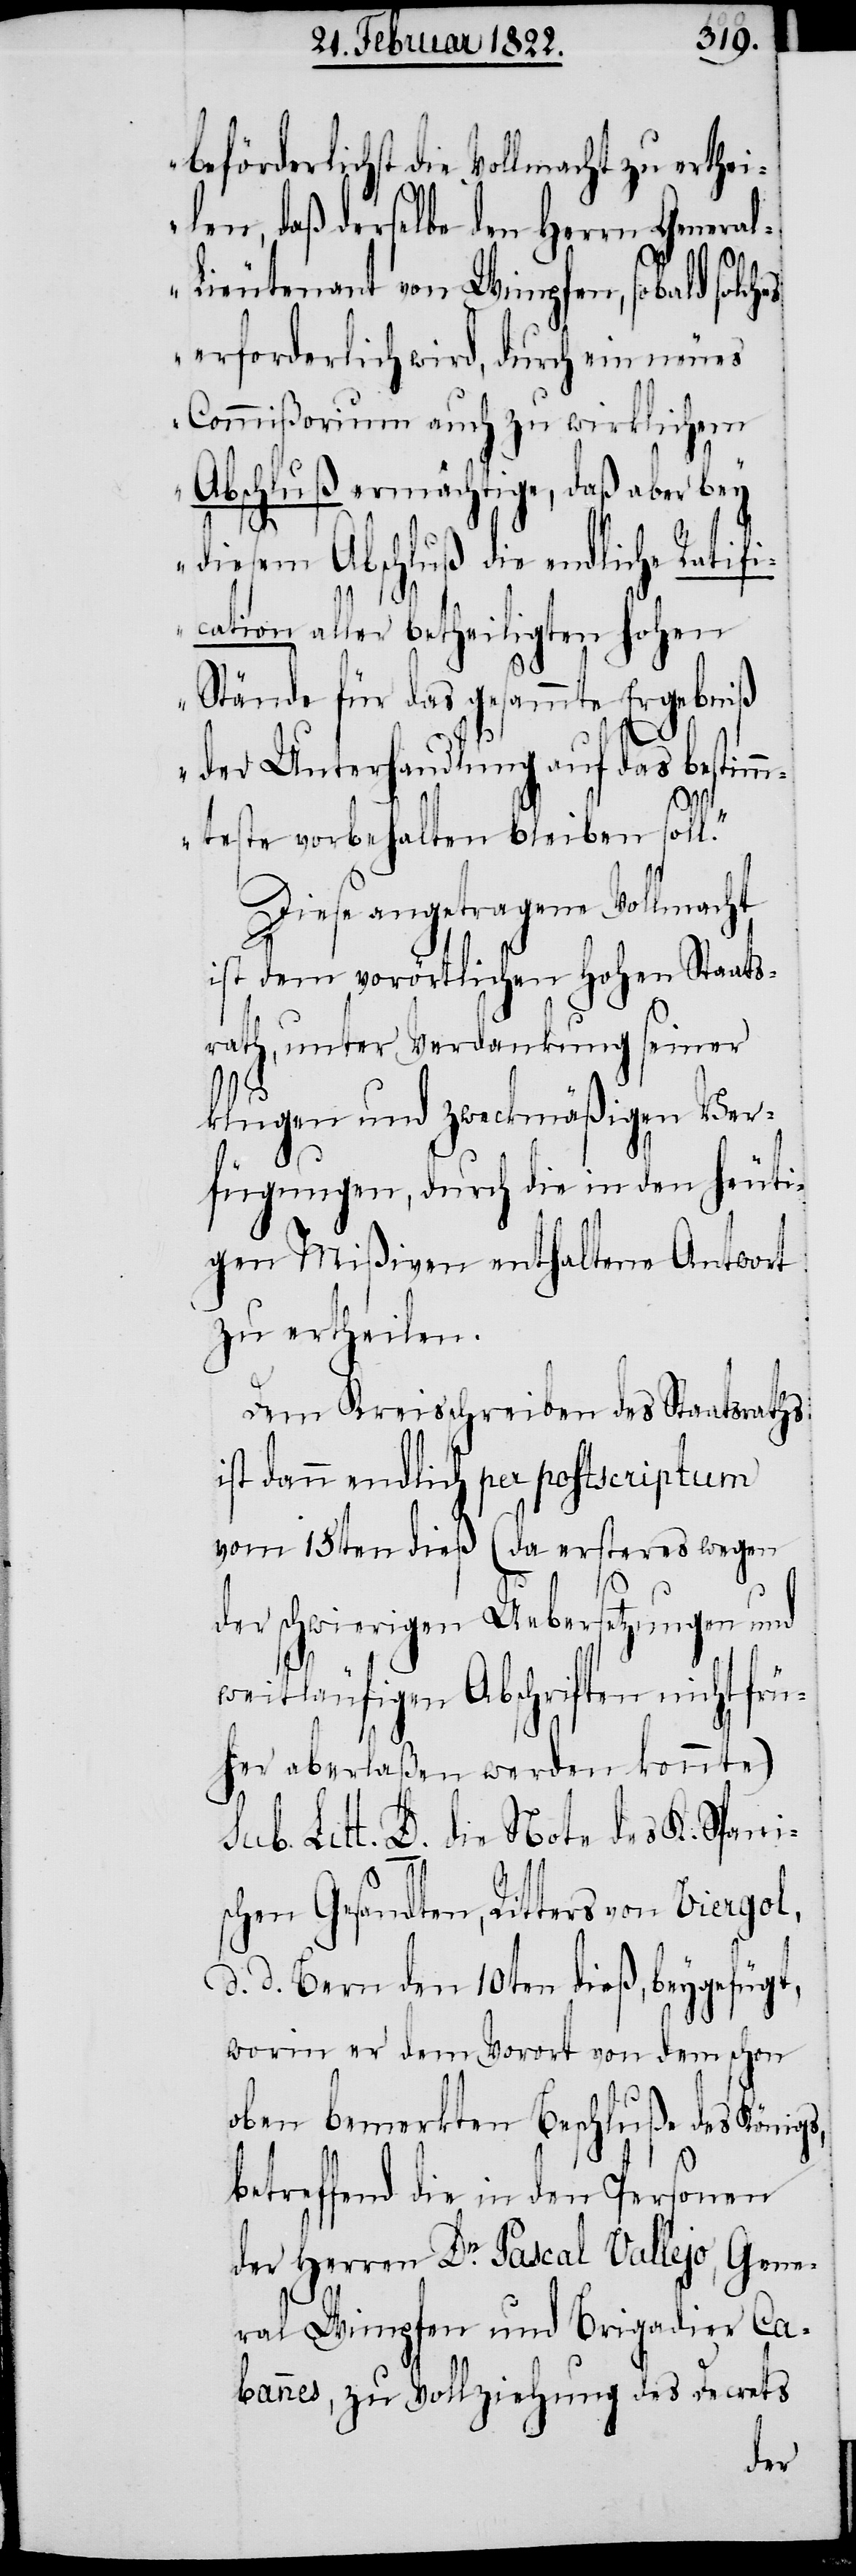
beförderlichst die Vollmacht zu erthei¬
len, daß derselbe den Herrn Genera¬
l-Lieutenant von Wimpfen, sobald solches
erforderlich wird, durch ein neues
Commißorium auch zu wirklichem
Abschluß ermächtige, daß aber bey
diesem Abschluß die endliche Ratifi¬
cation aller betheiligten hohen
Stände für das gesammte Ergebniß
der Unterhandlung auf das bestimm¬
teste vorbehalten bleiben soll.“
Diese angetragene Vollmacht
ist dem vorörtlichen hohen Staats¬
rath, unter Verdankung seiner
klugen und zweckmäßigen Ver¬
fügungen, durch die in den heuti¬
gen Mißiven enthaltene Antwort
zu ertheilen.
Dem Kreisschreiben des Staatsrathes
ist dann endlich per postscriptum
vom 15ten dieß (da ersteres wegen
der schwierigen Uebersetzungen und
weitläufigen Abschriften nicht frü¬
her aberlaßen werden könnte)
sub. Litt. D. die Note des K. Spani¬
schen Gesandten, Ritters von Viergol,
d. d. Bern den 10ten dieß, beygefügt,
worin er dem Vorort von dem schon
oben bemerkten Beschluße des Königs,
betreffend die in den Personen
der Herren Dr. Pascal Vallejo, Gene¬
ral Wimpfen und Brigadier Ca¬
bannes, zu Vollziehung des Decrets